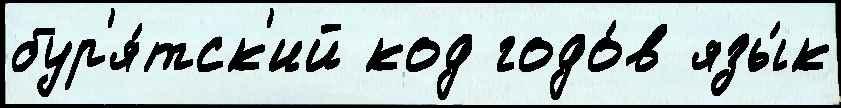
бур'я́тск'ий код годо́в язы́к